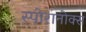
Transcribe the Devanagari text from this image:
स्पोरानोक्स